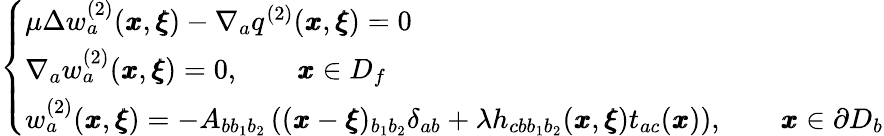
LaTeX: \left\{ \begin{array}{ll}{\mu\Delta w_{a}^{(2)}({\pmb x},{\pmb\xi})-\nabla_{a}q^{(2)}({\pmb x},{\pmb\xi})=0}\\ {\nabla_{a}w_{a}^{(2)}({\pmb x},{\pmb\xi})=0,\qquad{\pmb x}\in D_{f}}\\ {w_{a}^{(2)}({\pmb x},{\pmb\xi})=-A_{bb_{1}b_{2}}\left(({\pmb x}-{\pmb\xi})_{b_{1}b_{2}}\delta_{ab}+{\lambda}h_{cbb_{1}b_{2}}({\pmb x},{\pmb\xi})t_{ac}({\pmb x})\right),\qquad{\pmb x}\in\partial D_{b}}\end{array}\right.